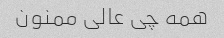
همه چی عالی ممنون